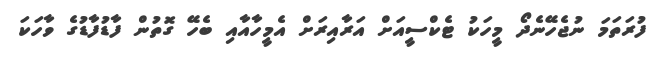
ފުރަތަމަ ނުޖެހޭނެދޯ މީހަކު ޓެކްސީއަށް އަރާއިރަށް އެމީހާއާއި ބެހޭ ގޮތުން ފާޑުފާޑުގެ ވާހަކަ